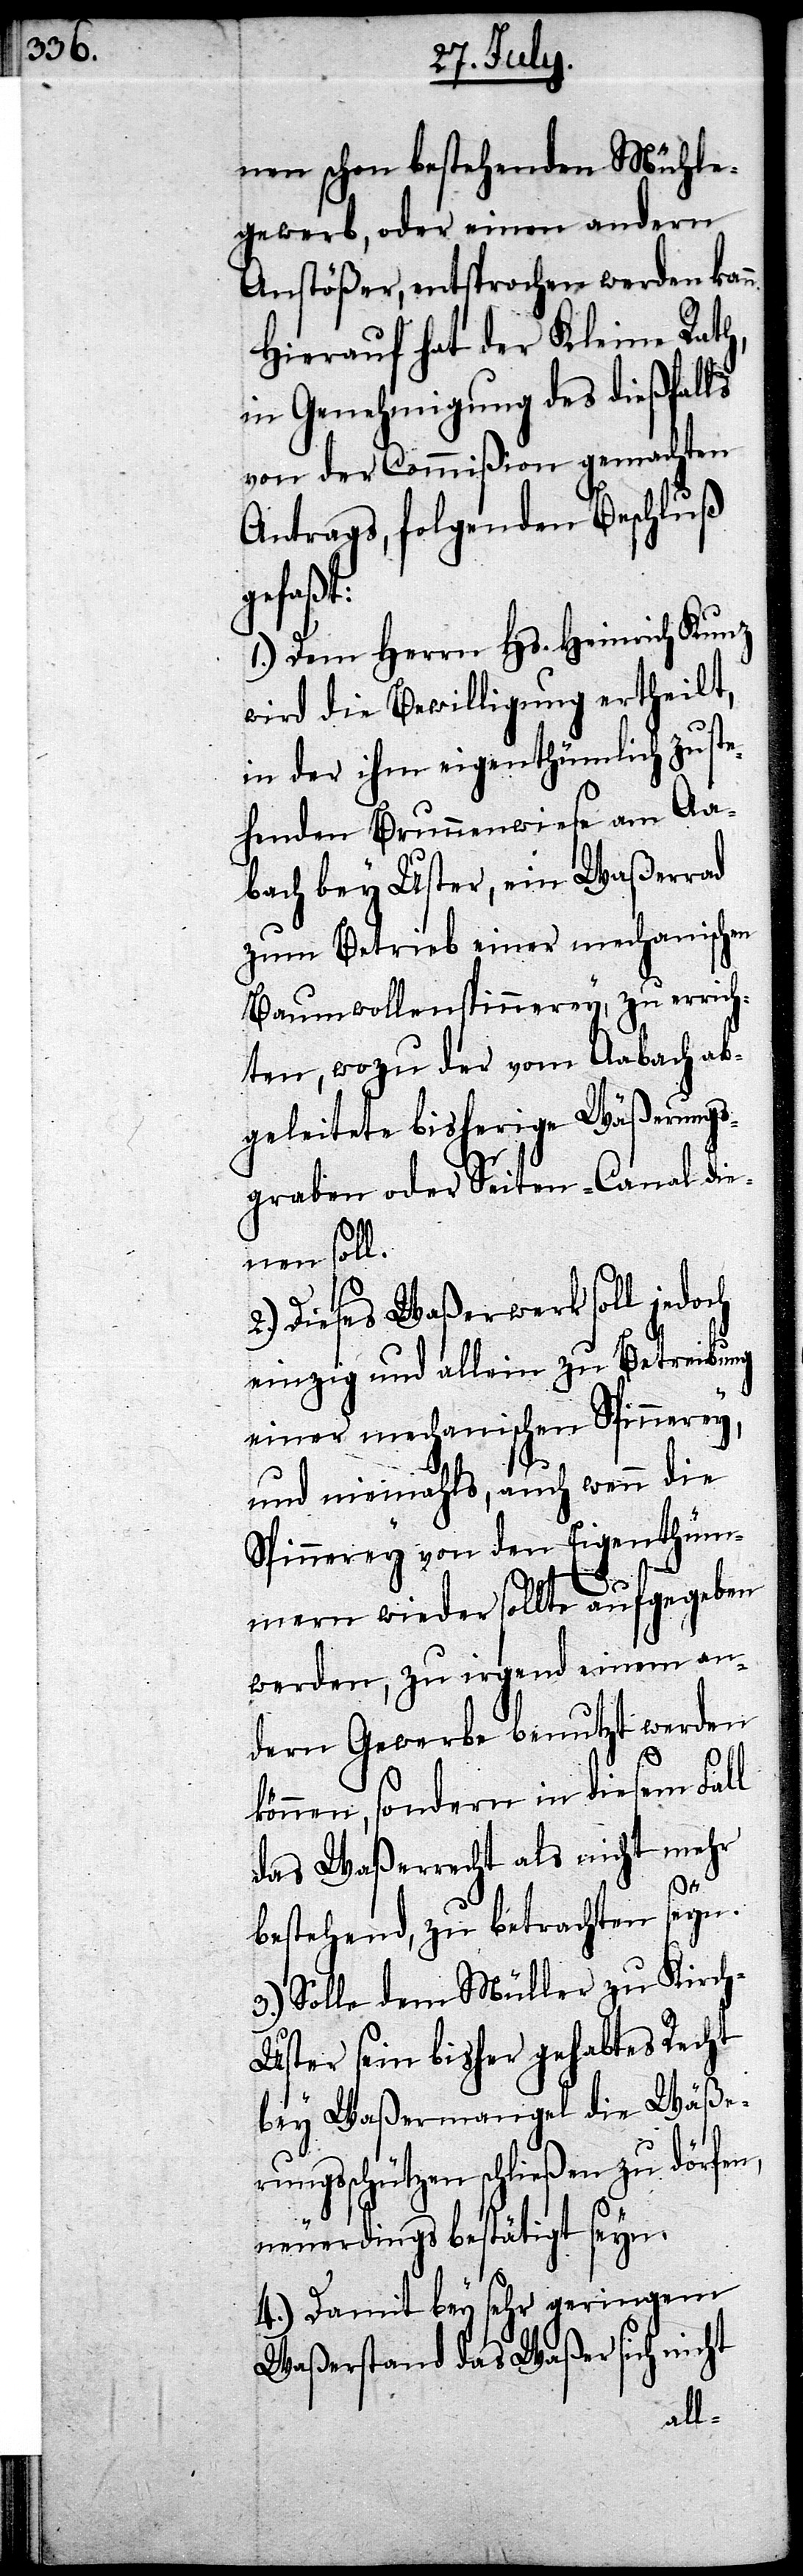
einen] schon bestehenden Mühle¬
gewerb, oder einen andern
Anstößer, entsprochen werden kan¬
Hierauf hat der Kleine Rath,
in Genehmigung des dießfalls
von der Commißion gemachten
Antrags, folgenden Beschluß
gefaßt:
1.) Dem Herrn Hs. Heinrich Kunz
wird die Bewilligung ertheilt,
in der ihm eigenthümlich zuste¬
henden Brunnenwiese am Aa¬
bach bey Uster, ein Waßerrad
zum Betrieb einer mechanischen
Baumwollenspinnerey, zu errich¬
ten, wozu der vom Aabach ab¬
geleitete bisherige Wäßerungs¬
graben oder Seiten-Canal die¬
nen soll.
2.) Dieses Waßerwerk soll jedoch
einzig und allein zu Betreibung
einer mechanischen Spinnerey,
und niemahls, auch wenn die
Spinnerey von den Eigenthüm¬
mern wieder sollte aufgegeben
werden, zu irgend einem an¬
dern Gewerbe benutzt werden
können, sondern in diesem Fall
das Waßerrecht als nicht mehr
n.
bestehend, zu betrachten seyn.
3.) Solle dem Müller zu Kirc¬
h-Uster sein bisher gehabtes Recht
bey Waßermangel die Wäße¬
rungsschützen schließen zu dörfen,
neuerdings bestätigt seyn.
4.) Damit bey sehr geringem
Waßerstand das Waßer sich nicht